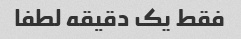
فقط یک دقیقه لطفا